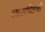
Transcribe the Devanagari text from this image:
व्यासपिठाची